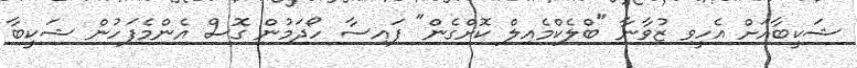
ޝަކީބާއަށް އެހީވި ޒުވާނާ "ބްލެކްމެއިލް ކޮށްގެން" ފައިސާ ހޯދަމުން ގޮސް އެންމެފަހުން ޝަކީބާ